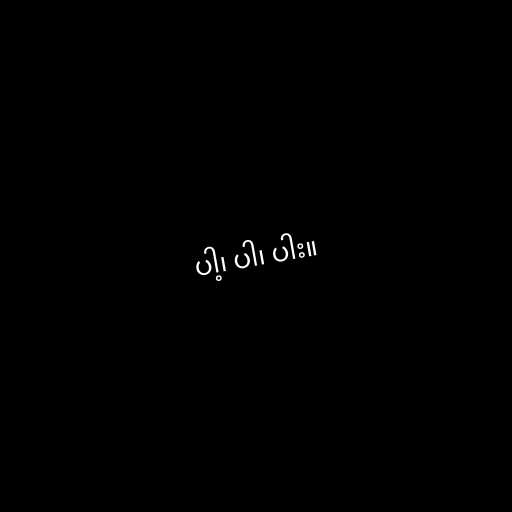
ပါ့၊ ပါ၊ ပါး။